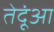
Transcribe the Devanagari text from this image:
तेदूंआ